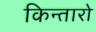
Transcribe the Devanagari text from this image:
किन्तारो